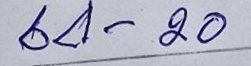
64 - 20